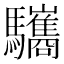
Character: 驨